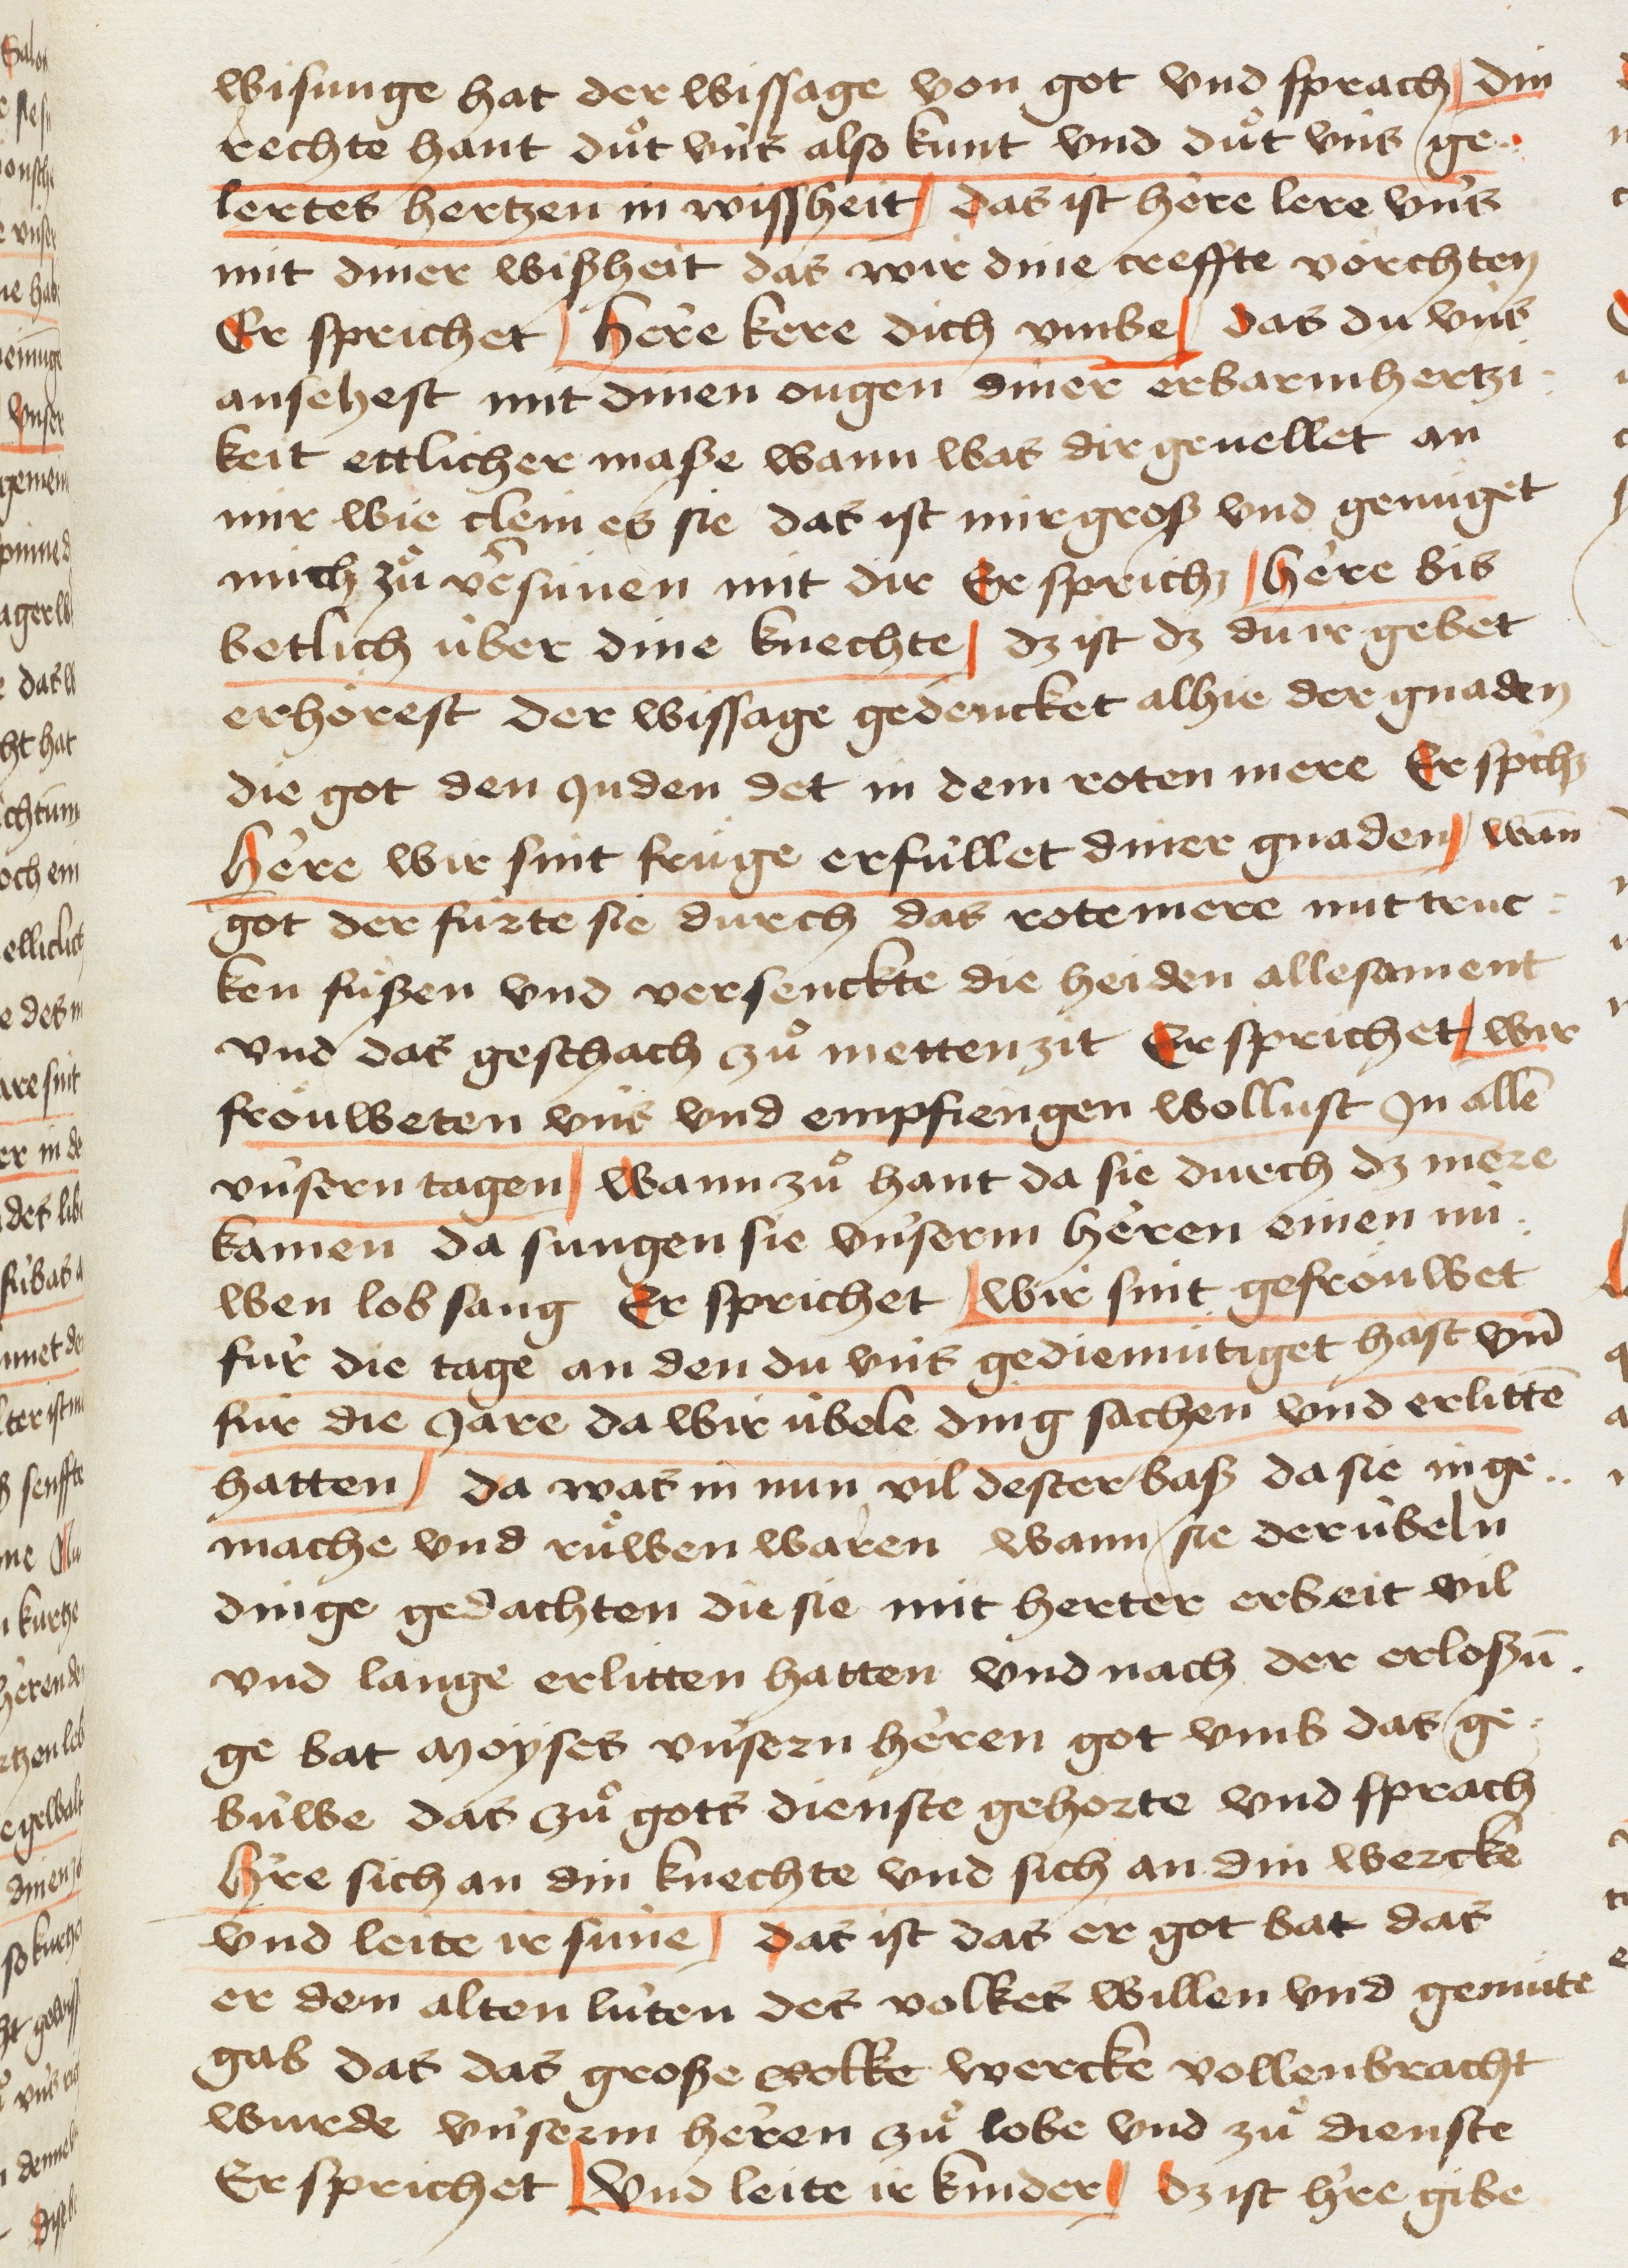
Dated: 1445–1475